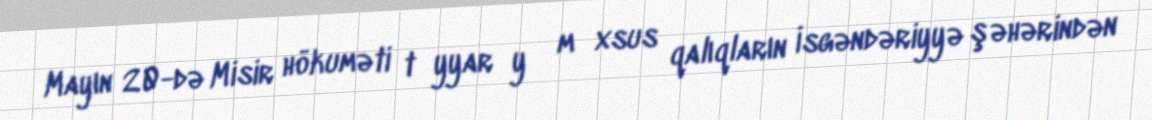
Mayın 20-də Misir hökuməti tǝyyarǝyǝ mǝxsus qalıqların İsgəndəriyyə şəhərindən